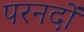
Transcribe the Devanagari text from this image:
परनदों